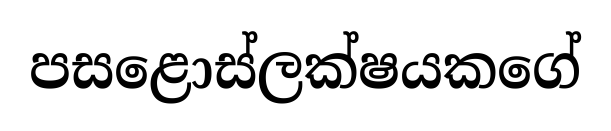
පසළොස්ලක්ෂයකගේ